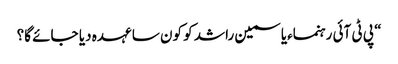
“ پی ٹی آئی رہنماءیاسمین راشد کو کون سا عہدہ دیا جائے گا؟